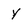
Character: y